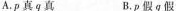
A.ρ 真 q真 B.p 假 q 假